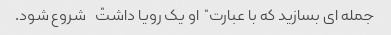
جمله ای بسازید که با عبارت "او یک رویا داشت" شروع شود.